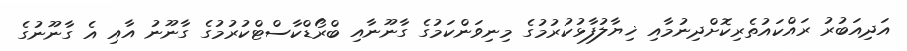
އަދިއަބުރު ރައްކައުތެރިކޮށްދިނުމާއި ޚިޔާލުފާޅުކުރުމުގެ މިނިވަންކަމުގެ ގާނޫނާއި ބްރޯޑްކާސްޓްކުރުމުގެ ގާނޫނު އާއި އެ ގާނޫނުގެ